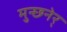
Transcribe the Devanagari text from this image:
मुन्छ्नेर्